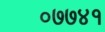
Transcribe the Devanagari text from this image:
०७७४१